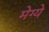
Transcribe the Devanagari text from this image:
मेग्ये